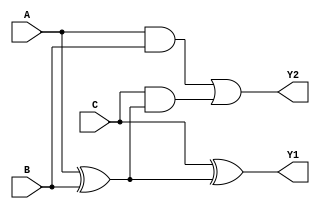
module full_addar(Y1,Y2,A,B,C);
output Y1;
output Y2;
input A,B,C;
wire W1,W2,W3;

assign W1 = A ^ B;
assign W2 = A & B;
assign W3 = C & W1;
assign Y1 = C ^ W1;
assign Y2 = W2| W3;	

endmodule